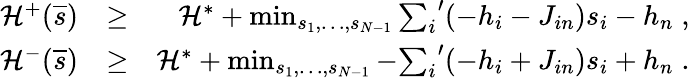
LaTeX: \begin{array}{rlr}{{\cal H}^{+}(\overline{{s}})}&{\ge}&{{\cal H}^{*}+\operatorname*{min}_{s_{1},\ldots,s_{N-1}}{\sum_{i}}^{\prime}(-h_{i}-J_{in})s_{i}-h_{n}\; ,}\\ {{\cal H}^{-}(\overline{{s}})}&{\ge}&{{\cal H}^{*}+\operatorname*{min}_{s_{1},\ldots,s_{N-1}}-{\sum_{i}}^{\prime}(-h_{i}+J_{in})s_{i}+h_{n}\; .}\end{array}